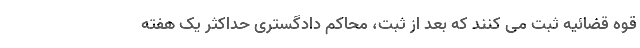
قوه قضائیه ثبت می کنند که بعد از ثبت، محاکم دادگستری حداکثر یک هفته